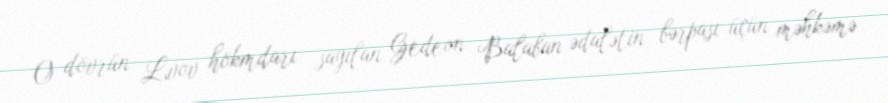
O dövrün Lvov hökmdarı sayılan Gedeon Balaban ədalətin bərpası üçün məhkəmə